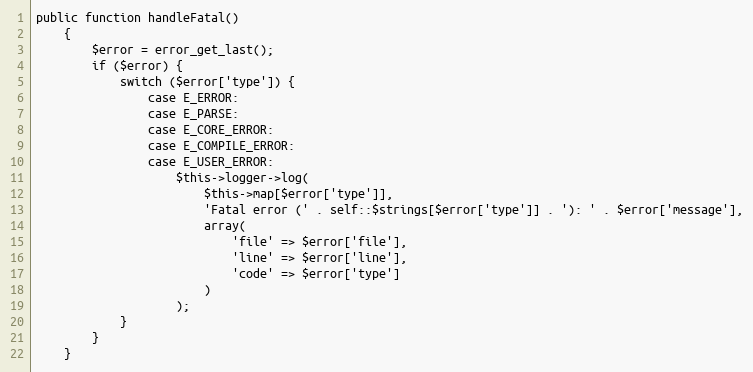
Language: PHP
public function handleFatal()
    {
        $error = error_get_last();
        if ($error) {
            switch ($error['type']) {
                case E_ERROR:
                case E_PARSE:
                case E_CORE_ERROR:
                case E_COMPILE_ERROR:
                case E_USER_ERROR:
                    $this->logger->log(
                        $this->map[$error['type']],
                        'Fatal error (' . self::$strings[$error['type']] . '): ' . $error['message'],
                        array(
                            'file' => $error['file'],
                            'line' => $error['line'],
                            'code' => $error['type']
                        )
                    );
            }
        }
    }